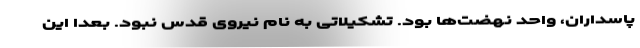
پاسداران، واحد نهضت‌ها بود. تشکیلاتی به نام نیروی قدس نبود. بعدا این